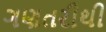
ગણતરીથી